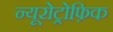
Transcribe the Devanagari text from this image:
न्यूरोट्रोफ़िक